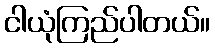
ငါယုံကြည်ပါတယ်။